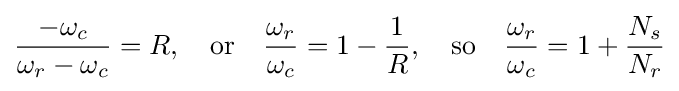
{\frac {-\omega _{c}}{\omega _{r}-\omega _{c}}}=R,\quad {\mbox{or}}\quad {\frac {\omega _{r}}{\omega _{c}}}=1-{\frac {1}{R}},\quad {\mbox{so}}\quad {\frac {\omega _{r}}{\omega _{c}}}=1+{\frac {N_{s}}{N_{r}}}